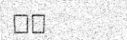
٤٠